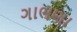
ગાભણા